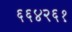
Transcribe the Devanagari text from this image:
६६४२६१